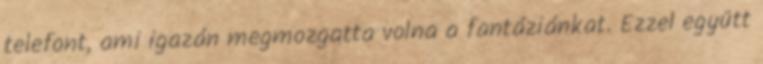
telefont, ami igazán megmozgatta volna a fantáziánkat. Ezzel együtt